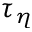
\tau _ { \eta }